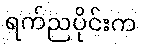
ရက်ညပိုင်းက